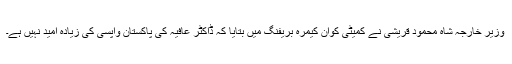
وزیر خارجہ شاہ محمود قریشی نے کمیٹی کوان کیمرہ بریفنگ میں بتایا کہ ڈاکٹر عافیہ کی پاکستان واپسی کی زیادہ امید نہیں ہے۔